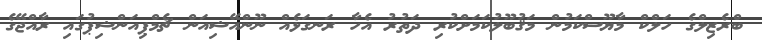
ބްރެޒިލްގެ ހަލްކް މާޔޫސްކަމުން މަޤުބޫލުކަމަށްކުރި ދަތުރު އެހާ ރަނގަޅެއް ނޫންއޭޝިއަން ޗެމްޕިއަންޝިޕުގައި ރާއްޖޭގެ